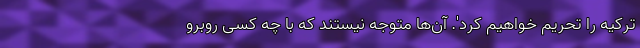
ترکیه را تحریم خواهیم کرد'. آن‌ها متوجه نیستند که با چه کسی روبرو